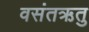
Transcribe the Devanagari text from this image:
वसंतऋतु